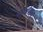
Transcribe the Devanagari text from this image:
डार्केहेमन